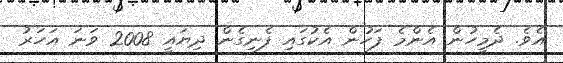
އެވެ. ދެމީހުން އެންމެ ފަހުން އެކުގައި ފެނިގެން ދިޔައީ 2008 ވަނަ އަހަރު